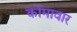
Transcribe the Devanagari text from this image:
कोमावार